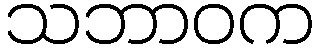
သဘာဝက